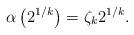
LaTeX: \begin{align*} \alpha\left(2^{1/k} \right) = \zeta_k 2^{1/k}. \end{align*}